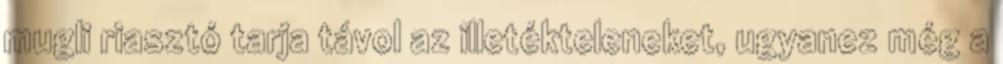
mugli riasztó tarja távol az illetékteleneket, ugyanez még a